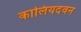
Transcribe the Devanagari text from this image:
कालियदवन